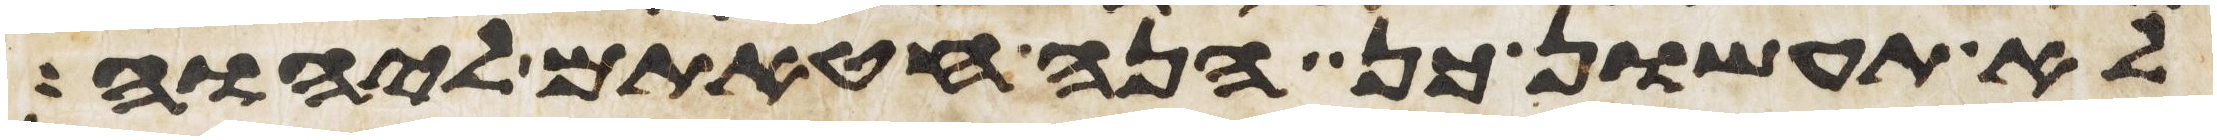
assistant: לא תעשון כן הנה חטאתם ליהוה